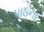
પાઠના